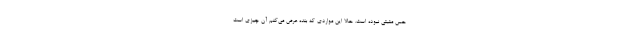
حس مثبتی نبوده است. حالا این مواردی که بنده عرض می‌کنم آن چیزی است